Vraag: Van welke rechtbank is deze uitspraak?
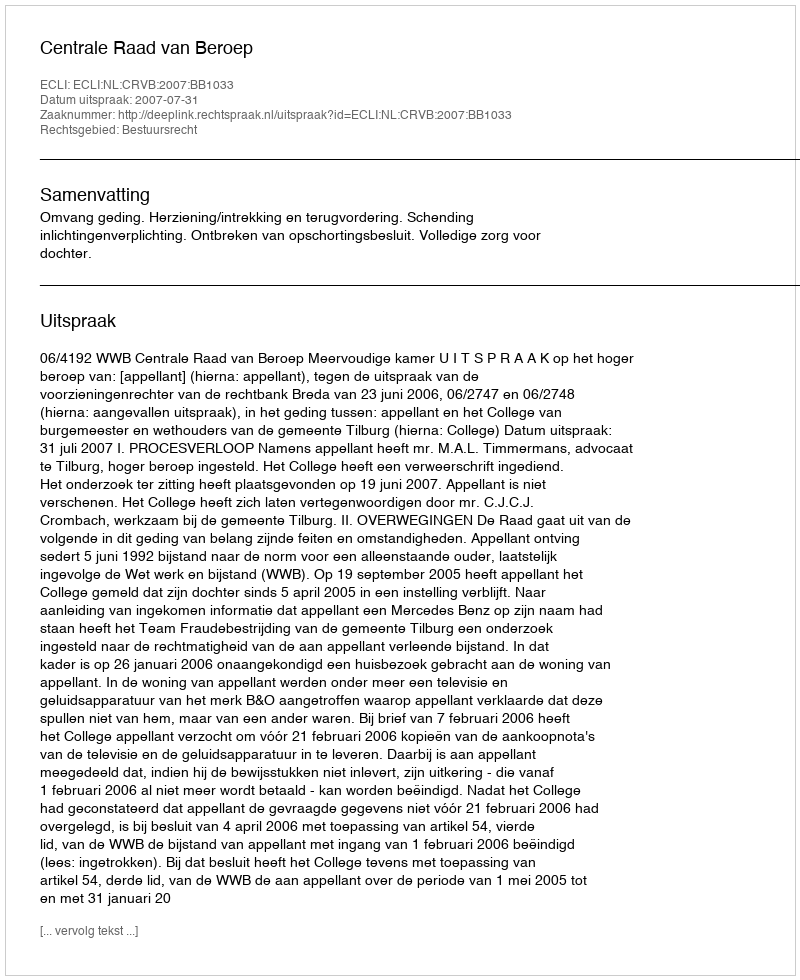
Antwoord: Centrale Raad van Beroep